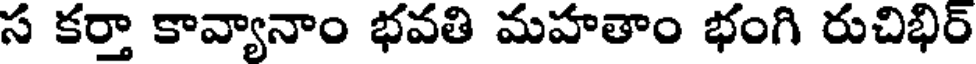
స కర్తా కావ్యానాం భవతి మహతాం భంగి రుచిభిర్